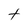
Character: t